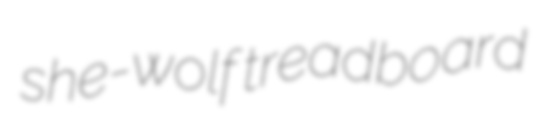
she-wolf treadboard